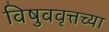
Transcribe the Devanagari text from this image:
विषुववृत्तच्या